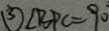
\textcircled { 3 } \angle B P C = 9 0